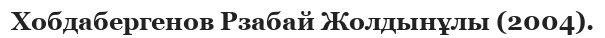
Хобдабергенов Рзабай Жолдынұлы (2004).